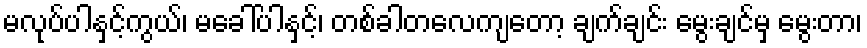
မလုပ်ပါနှင့်ကွယ်၊ မခေါ်ပါနှင့်၊ တစ်ခါတလေကျတော့ ချက်ချင်း မွေးချင်မှ မွေးတာ၊